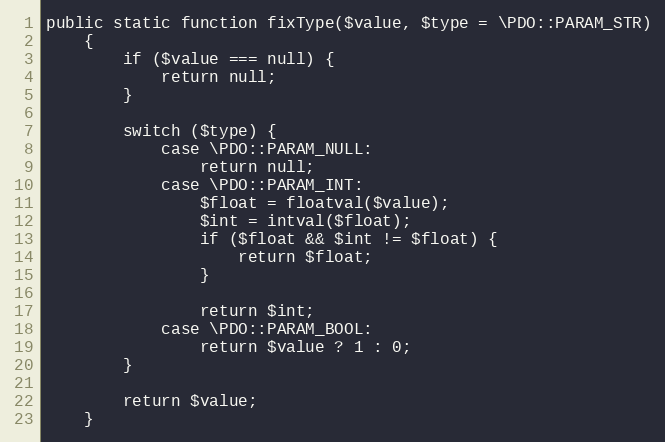
Language: PHP
public static function fixType($value, $type = \PDO::PARAM_STR)
    {
        if ($value === null) {
            return null;
        }

        switch ($type) {
            case \PDO::PARAM_NULL:
                return null;
            case \PDO::PARAM_INT:
                $float = floatval($value);
                $int = intval($float);
                if ($float && $int != $float) {
                    return $float;
                }

                return $int;
            case \PDO::PARAM_BOOL:
                return $value ? 1 : 0;
        }

        return $value;
    }